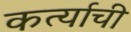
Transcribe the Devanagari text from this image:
कर्त्याची